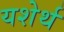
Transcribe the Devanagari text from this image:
यशेर्थ